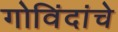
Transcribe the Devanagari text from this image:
गोविंदांचे